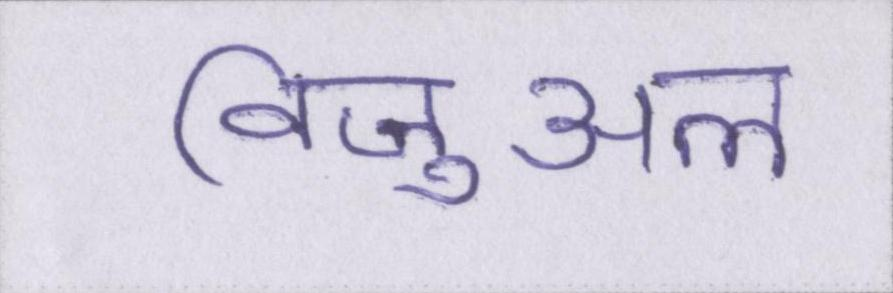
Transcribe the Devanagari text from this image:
विजुअल